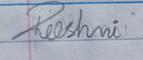
Signature authenticity: forged